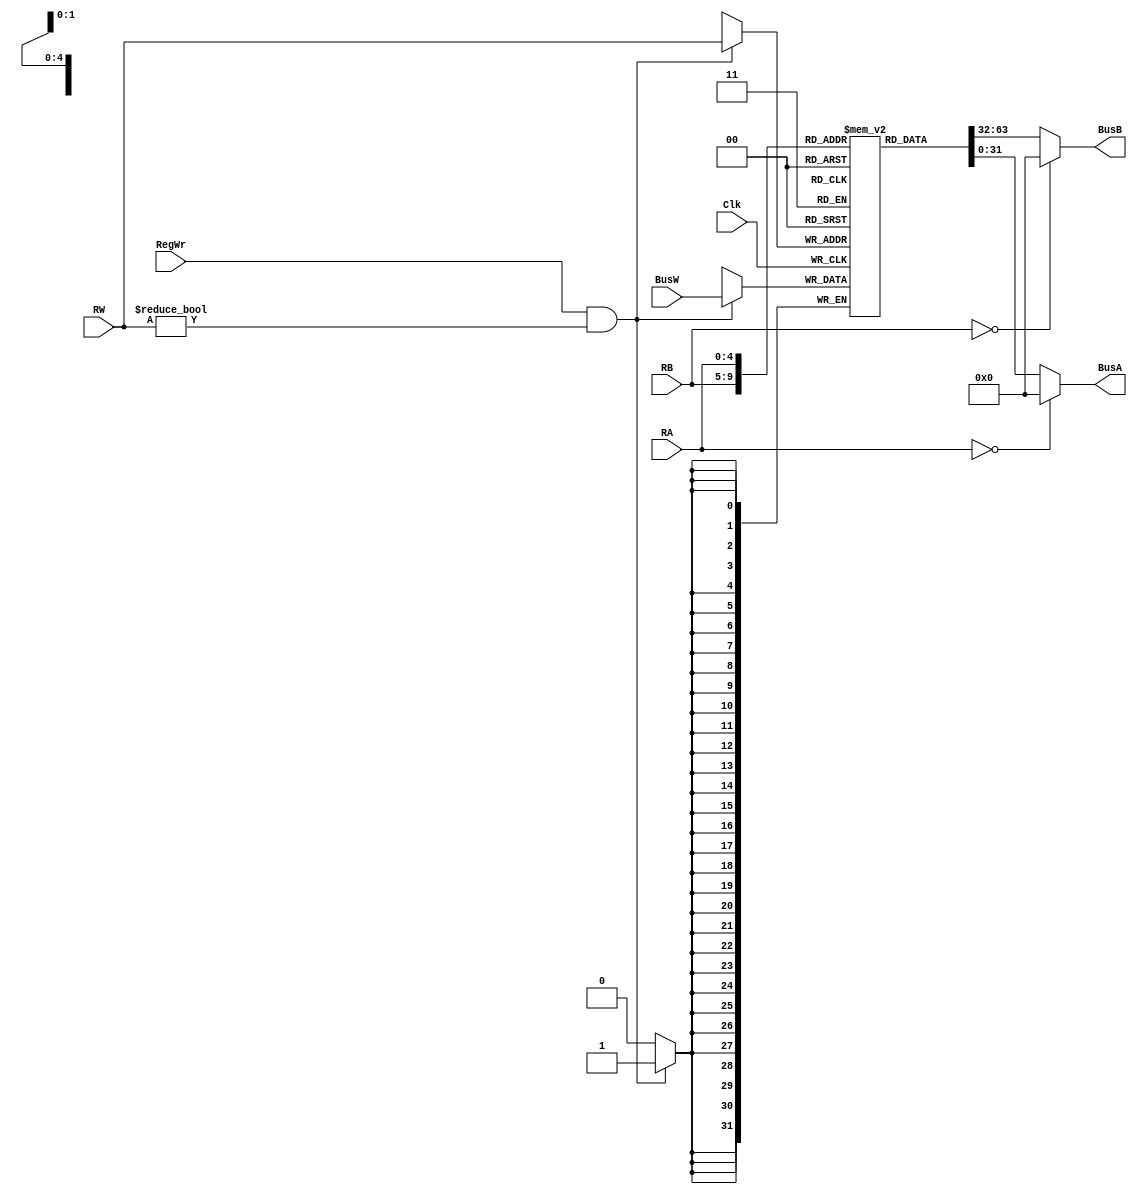
`timescale 1ns / 1ps
module RegisterFile(BusA , BusB , BusW , RA, RB, RW, RegWr , Clk);
// Define Inputs, Outputs and 32*32 RegisterMemory
input [4:0] RA;
input [4:0] RB;
input [4:0] RW;
input [31:0] BusW;
input RegWr, Clk;
output [31:0] BusA;
output [31:0] BusB;
reg [31:0] RegisterMemory[31:0];
// Read continuously from the register memory
assign BusB = (RB==0) ? 0 : RegisterMemory[RB];
assign BusA = (RA==0) ? 0 : RegisterMemory[RA];
// Write in the memory at the posedge of clock
always @(posedge Clk) begin
if (RegWr == 1 && RW!=0) begin
RegisterMemory[RW] <= BusW;
end
end
endmodule